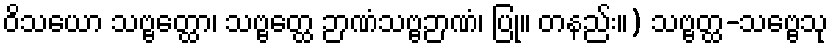
ဝိသယော သဗ္ဗတ္ထော၊ သဗ္ဗတ္ထေ ဉာဏံသဗ္ဗဉာဏံ၊ ပြု။ တနည်း။) သဗ္ဗတ္ထ-သဗ္ဗေသု